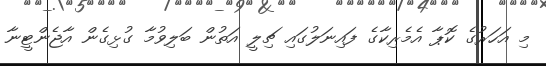
މި އަހަރުގެ ކޮޕާ އެމެރިކާގެ ފައިނަލުގައި ޗިލީ އަތުން ބަލިވުމާ ގުޅިގެން އާޖެންޓީނާ